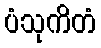
ပံသုကိတံ